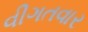
વીગતવાર